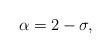
LaTeX: \begin{align*}\alpha = 2 - \sigma,\end{align*}